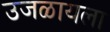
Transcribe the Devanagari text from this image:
उजळायला